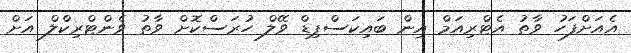
އެއަށްފަހު ވާތު އެޓްރިއަމް އިން ބައިކަސްޕިޑް ވޭލް ހުރަސްކޮށް ވާތު ވެންޓްރިކްލް އަށް